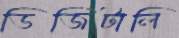
ডিজিটালি